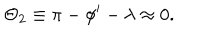
\Theta _ { 2 } \equiv \pi - \phi ^ { \prime } - \lambda \approx 0 .